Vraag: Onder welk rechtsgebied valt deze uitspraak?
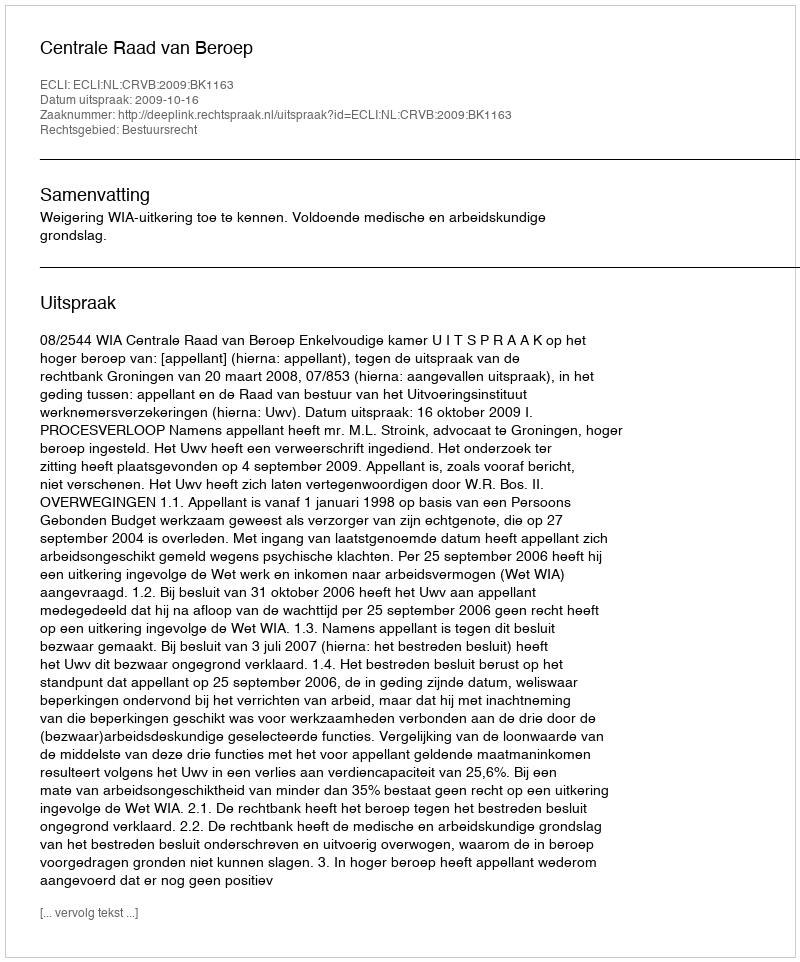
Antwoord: Bestuursrecht